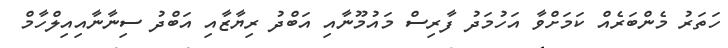
ހަތަރު މެންބަރެއް ކަމަށްވާ އަހުމަދު ފާރިސް މައުމޫނާއި އަބްދު ރިޔާޒާއި އަބްދު ސިނާނާއިއިލްހާމް